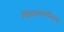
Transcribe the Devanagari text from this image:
वियतनामीकरण